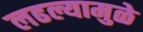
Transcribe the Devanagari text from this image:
लढल्यामुळे